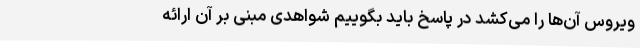
ویروس آن‌ها را می‌کشد در پاسخ باید بگوییم شواهدی مبنی بر آن ارائه